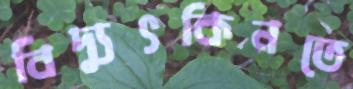
বিদ্যুৎকিনতে